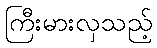
ကြီးမားလှသည့်